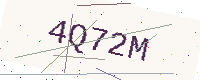
Text: 4Q72M